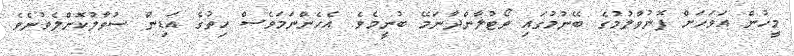
މީހުން އަވަހަށް ފޮނުވާލުމުގެ ބޭނުމުގައި ވޯޓުލާންދާނަމޭ ބުނީމެވެ. އެހެންނަމަވެސް ހިތުގެ އަޑިން ސުވާލުކޮށްލެވުނެވެ.